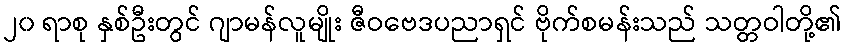
၂၀ ရာစု နှစ်ဦးတွင် ဂျာမန်လူမျိုး ဇီဝဗေဒပညာရှင် ဗိုက်စမန်းသည် သတ္တဝါတို့၏